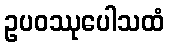
ဥပဝဿုပေါသထံ